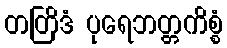
တတြိဒံ ပုရေဘတ္တကိစ္စံ